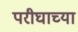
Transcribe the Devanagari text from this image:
परीघाच्या